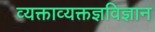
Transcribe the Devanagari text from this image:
व्यक्ताव्यक्तज्ञविज्ञान